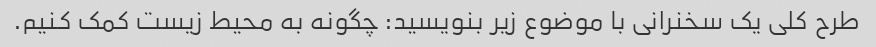
طرح کلی یک سخنرانی با موضوع زیر بنویسید: چگونه به محیط زیست کمک کنیم.